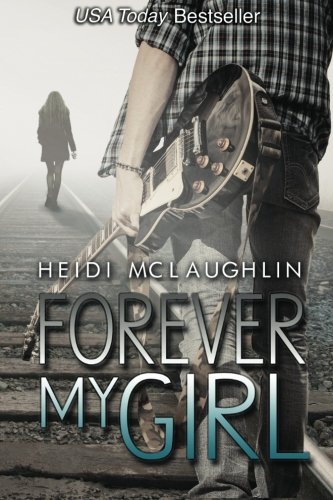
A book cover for Forever My Girl (The Beaumont Series) (Volume 1); Heidi McLaughlin; Romance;